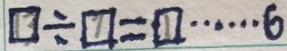
\textcircled { 1 3 } = \textcircled { 7 } = \textcircled { 1 } \cdots 6